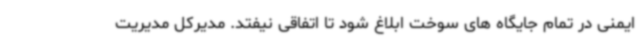
ایمنی در تمام جایگاه های سوخت ابلاغ شود تا اتفاقی نیفتد. مدیرکل مدیریت